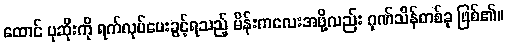
ထောင် ပုဆိုးကို ရက်လုပ်ပေးခွင့်ရသည့် မိန်းကလေးအဖို့လည်း ဂုဏ်သိန်တစ်ခု ဖြစ်၏။